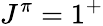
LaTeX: J^{\pi}=1^{+}